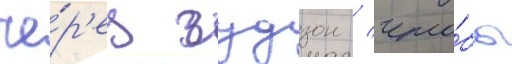
че́р'ез гудзон / что́бы